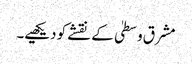
مشرق وسطیٰ کے نقشے کو دیکھیے۔